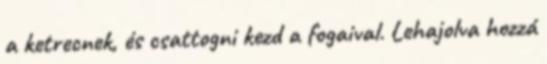
a ketrecnek, és csattogni kezd a fogaival. Lehajolva hozzá